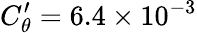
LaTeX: C_{\theta}^{\prime}=6.4\times 10^{-3}